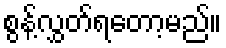
စွန့်လွှတ်ရတော့မည်။